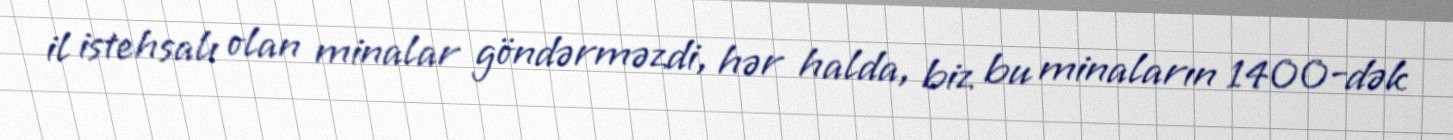
il istehsalı olan minalar göndərməzdi, hər halda, biz bu minaların 1400-dək